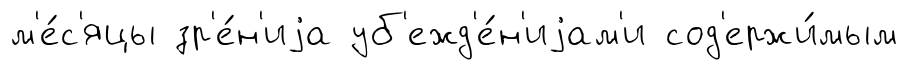
м'е́с'яцы зр'е́н'иjа уб'ежд'е́н'иjам'и сод'ержи́мым